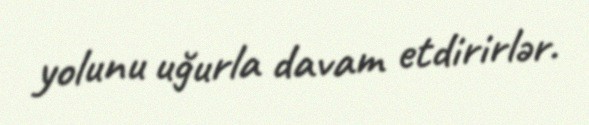
yolunu uğurla davam etdirirlər.